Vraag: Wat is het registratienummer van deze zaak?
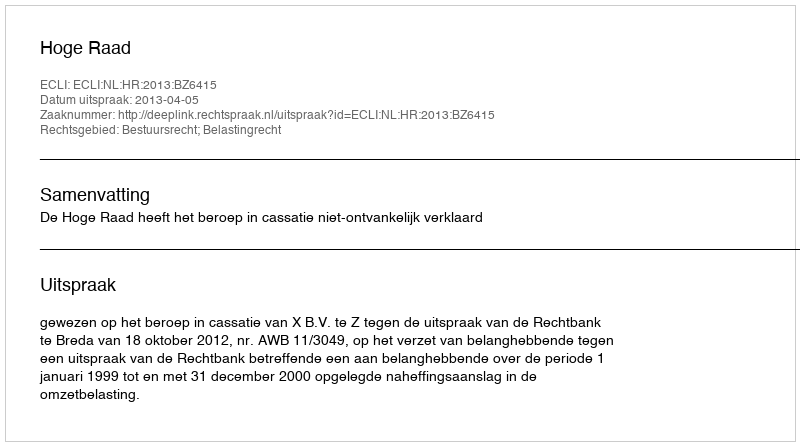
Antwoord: http://deeplink.rechtspraak.nl/uitspraak?id=ECLI:NL:HR:2013:BZ6415